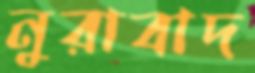
নুরাবাদ